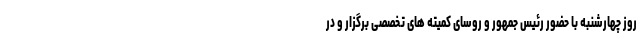
روز چهارشنبه با حضور رئیس جمهور و روسای کمیته های تخصصی برگزار و در